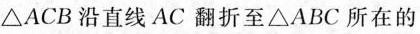
_ACB沿直线AC翻折至△ABC所在的